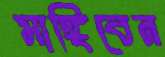
মাঙ্গিবেন